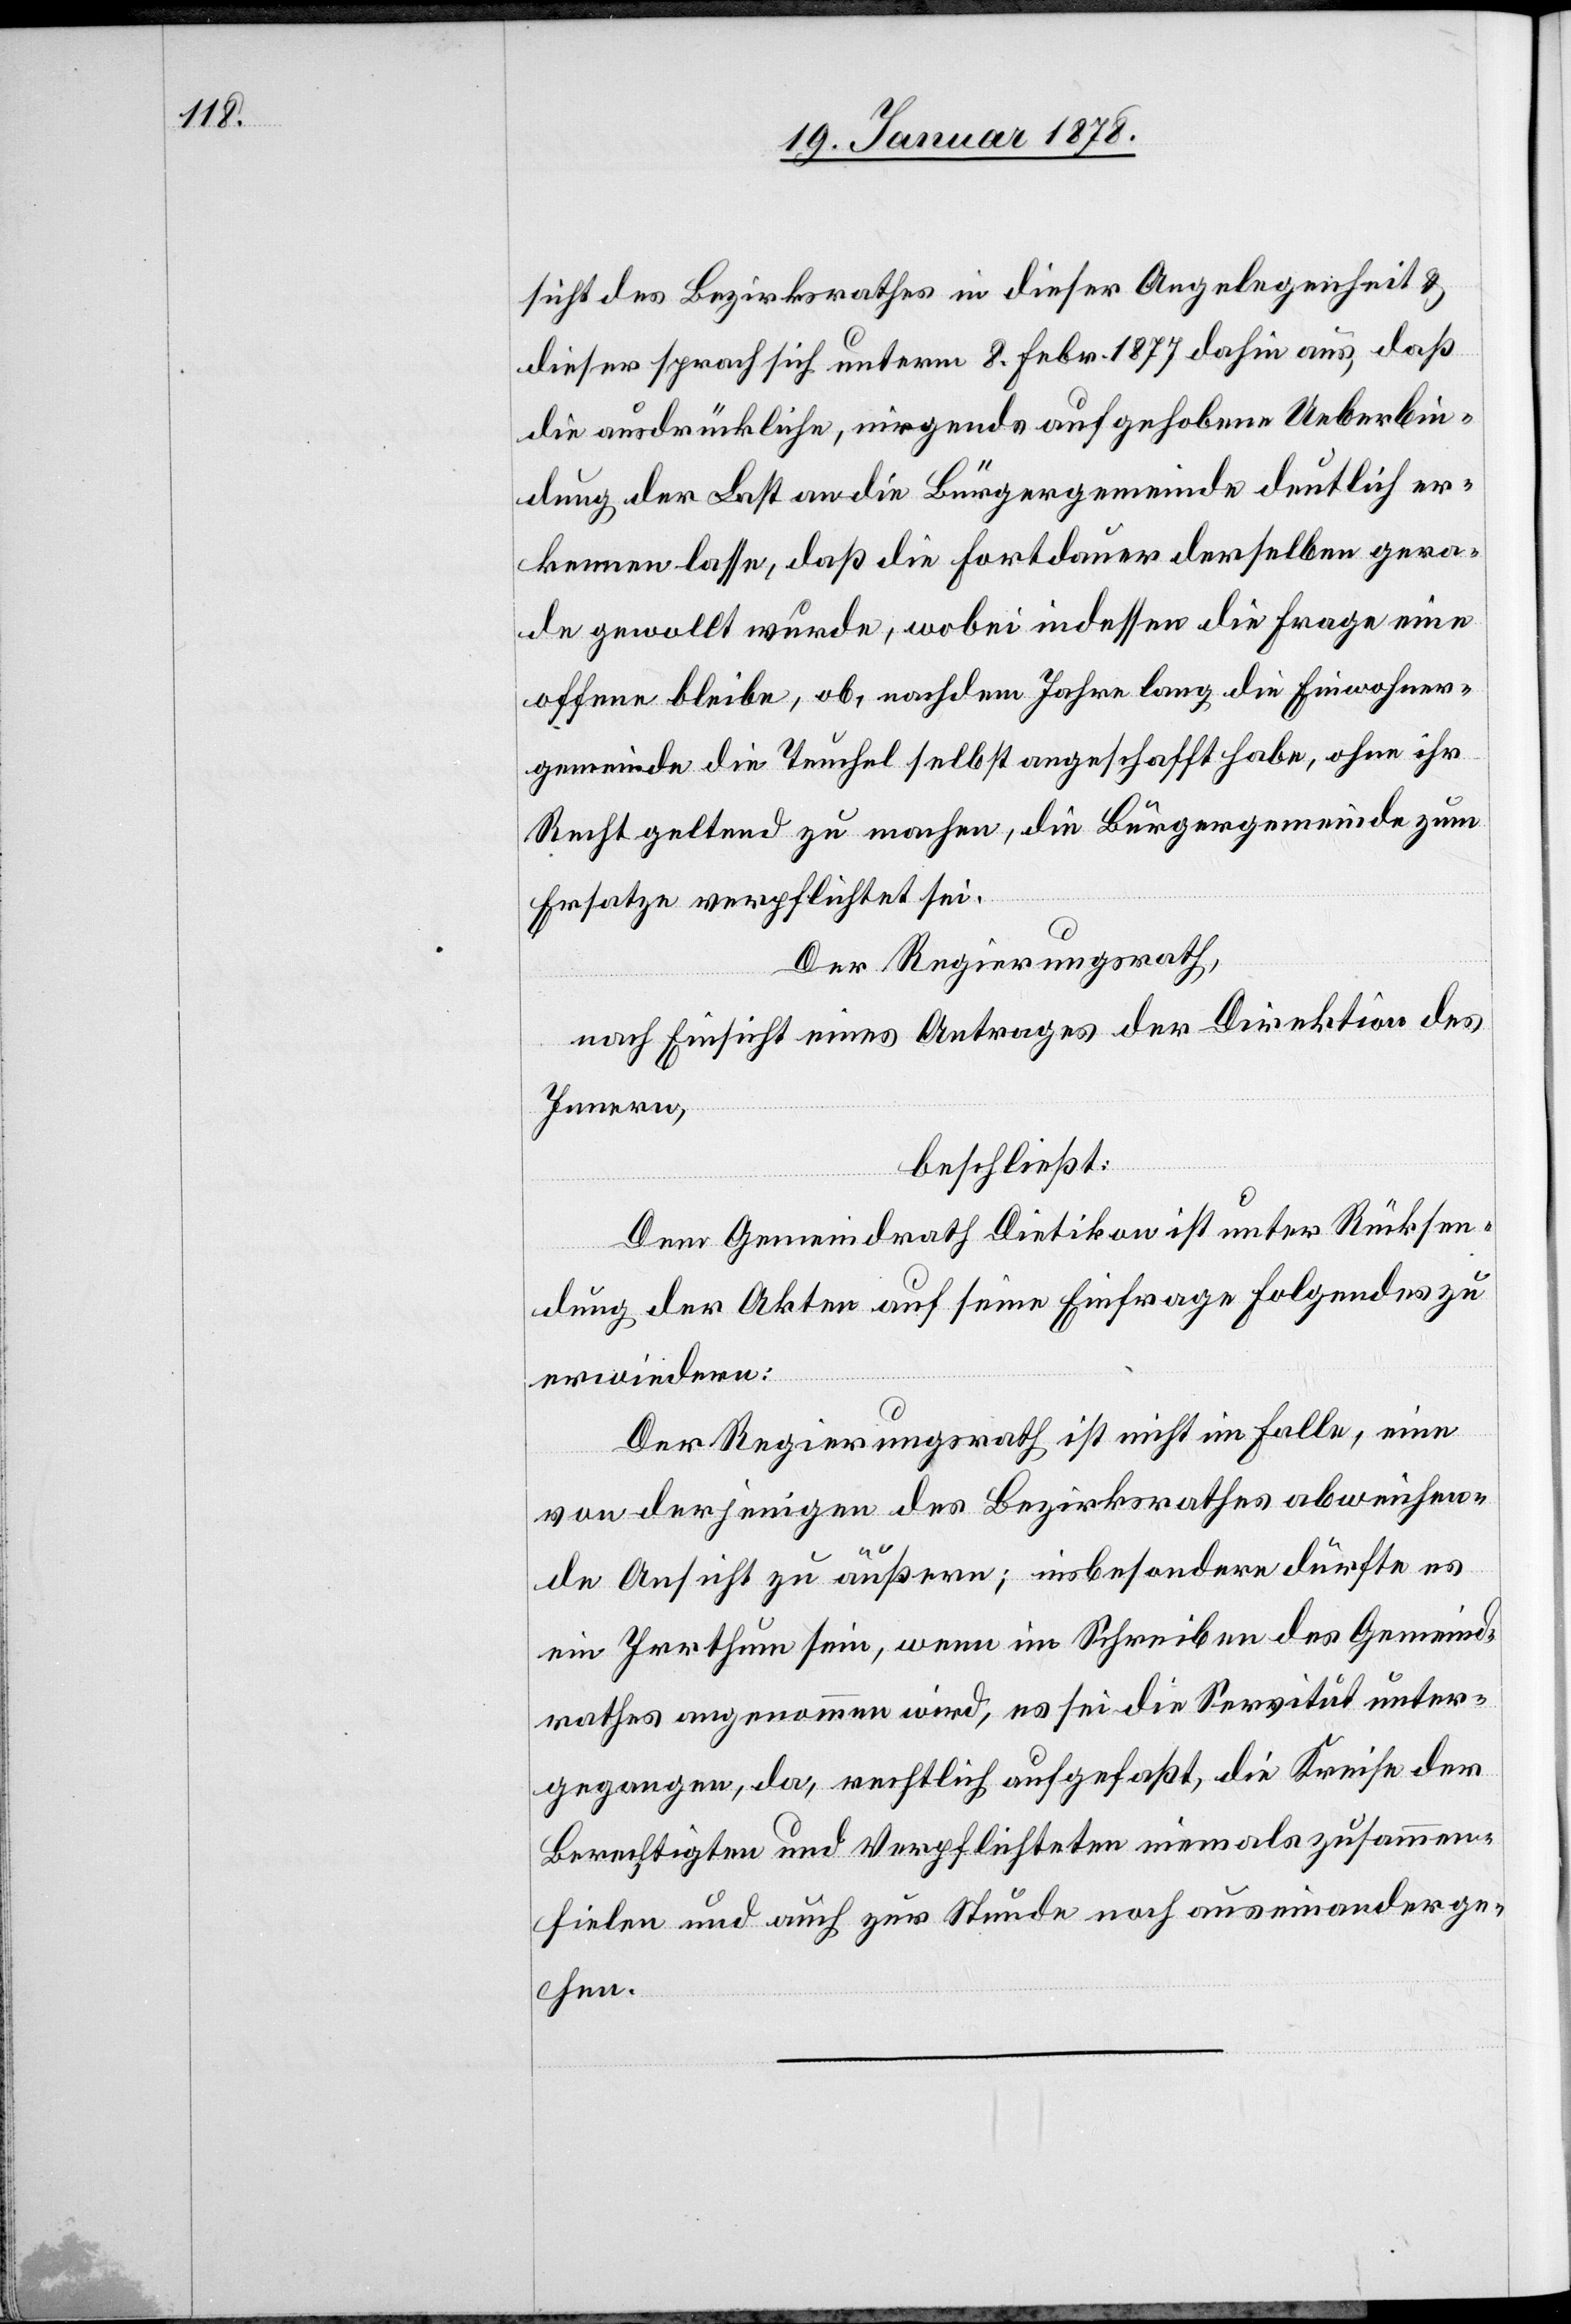
sicht des Bezirksrathes in dieser Angelegenheit &
dieser sprach sich unterm 8. Febr. 1877 dahin aus, daß
die ausdrückliche, nirgends aufgehobene Ueberbin¬
dung der Last an die Bürgergemeinde deutlich er¬
kennen lasse, daß die Fortdauer derselben gera¬
de gewollt wurde, wobei indessen die Frage eine
offene bleibe, ob, nachdem Jahre lang die Einwohner¬
gemeinde die Teuchel selbst angeschafft habe, ohne ihr
Recht geltend zu machen, die Bürgergemeinde zum
Ersatze verpflichtet sei.
Der Regierungsrath,
nach Einsicht eines Antrages der Direktion des
Innern,
beschließt:
Der Gemeindrath Dietikon ist unter Rücksen¬
dung der Akten auf seine Einfrage folgendes zu
erwiedern:
Der Regierungsrath ist nicht im Falle, eine
von derjenigen des Bezirksrathes abweichen¬
de Ansicht zu äußern; insbesondere dürfte es
ein Irrthum sein, wenn im Schreiben des Gemeind¬
rathes angenommen wird, es sei die Servitut unter¬
gegangen, da, rechtlich aufgefaßt, die Kreise der
Berechtigten und Verpflichteten niemals zusammen¬
fielen und auch zur Stunde noch auseinanderge¬
hen.